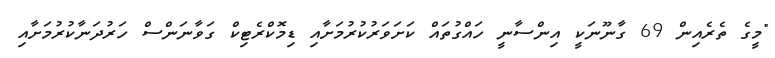
"މީގެ ތެރެއިން 69 ގާނޫނަކީ އިންސާނީ ހައްގުތައް ކަށަވަރުކުރުމަށާއި ޑިމޮކްރެޓިކް ގަވާނަންސް ހަރުދަނާކުރުމަށާއި